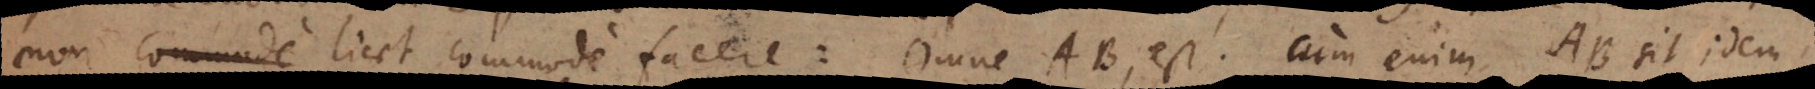
non licet commode facere: Omne AB, est. Cum enim AB sit idem